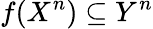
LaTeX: f(X^{n})\subseteq Y^{n}